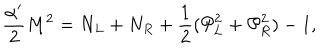
\frac { \alpha ^ { \prime } } { 2 } M ^ { 2 } = N _ { L } + N _ { R } + \frac { 1 } { 2 } ( { \cal P } _ { L } ^ { 2 } + { \cal P } _ { R } ^ { 2 } ) - 1 ,